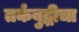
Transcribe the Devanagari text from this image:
तर्कबुद्धीचा